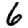
Digit: 6